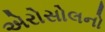
એરોસોલનો